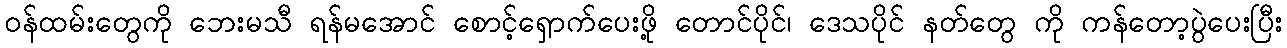
ဝန်ထမ်းတွေကို ဘေးမသီ ရန်မအောင် စောင့်ရှောက်ပေးဖို့ တောင်ပိုင်၊ ဒေသပိုင် နတ်တွေ ကို ကန်တော့ပွဲပေးပြီး